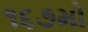
૧૬૭મો